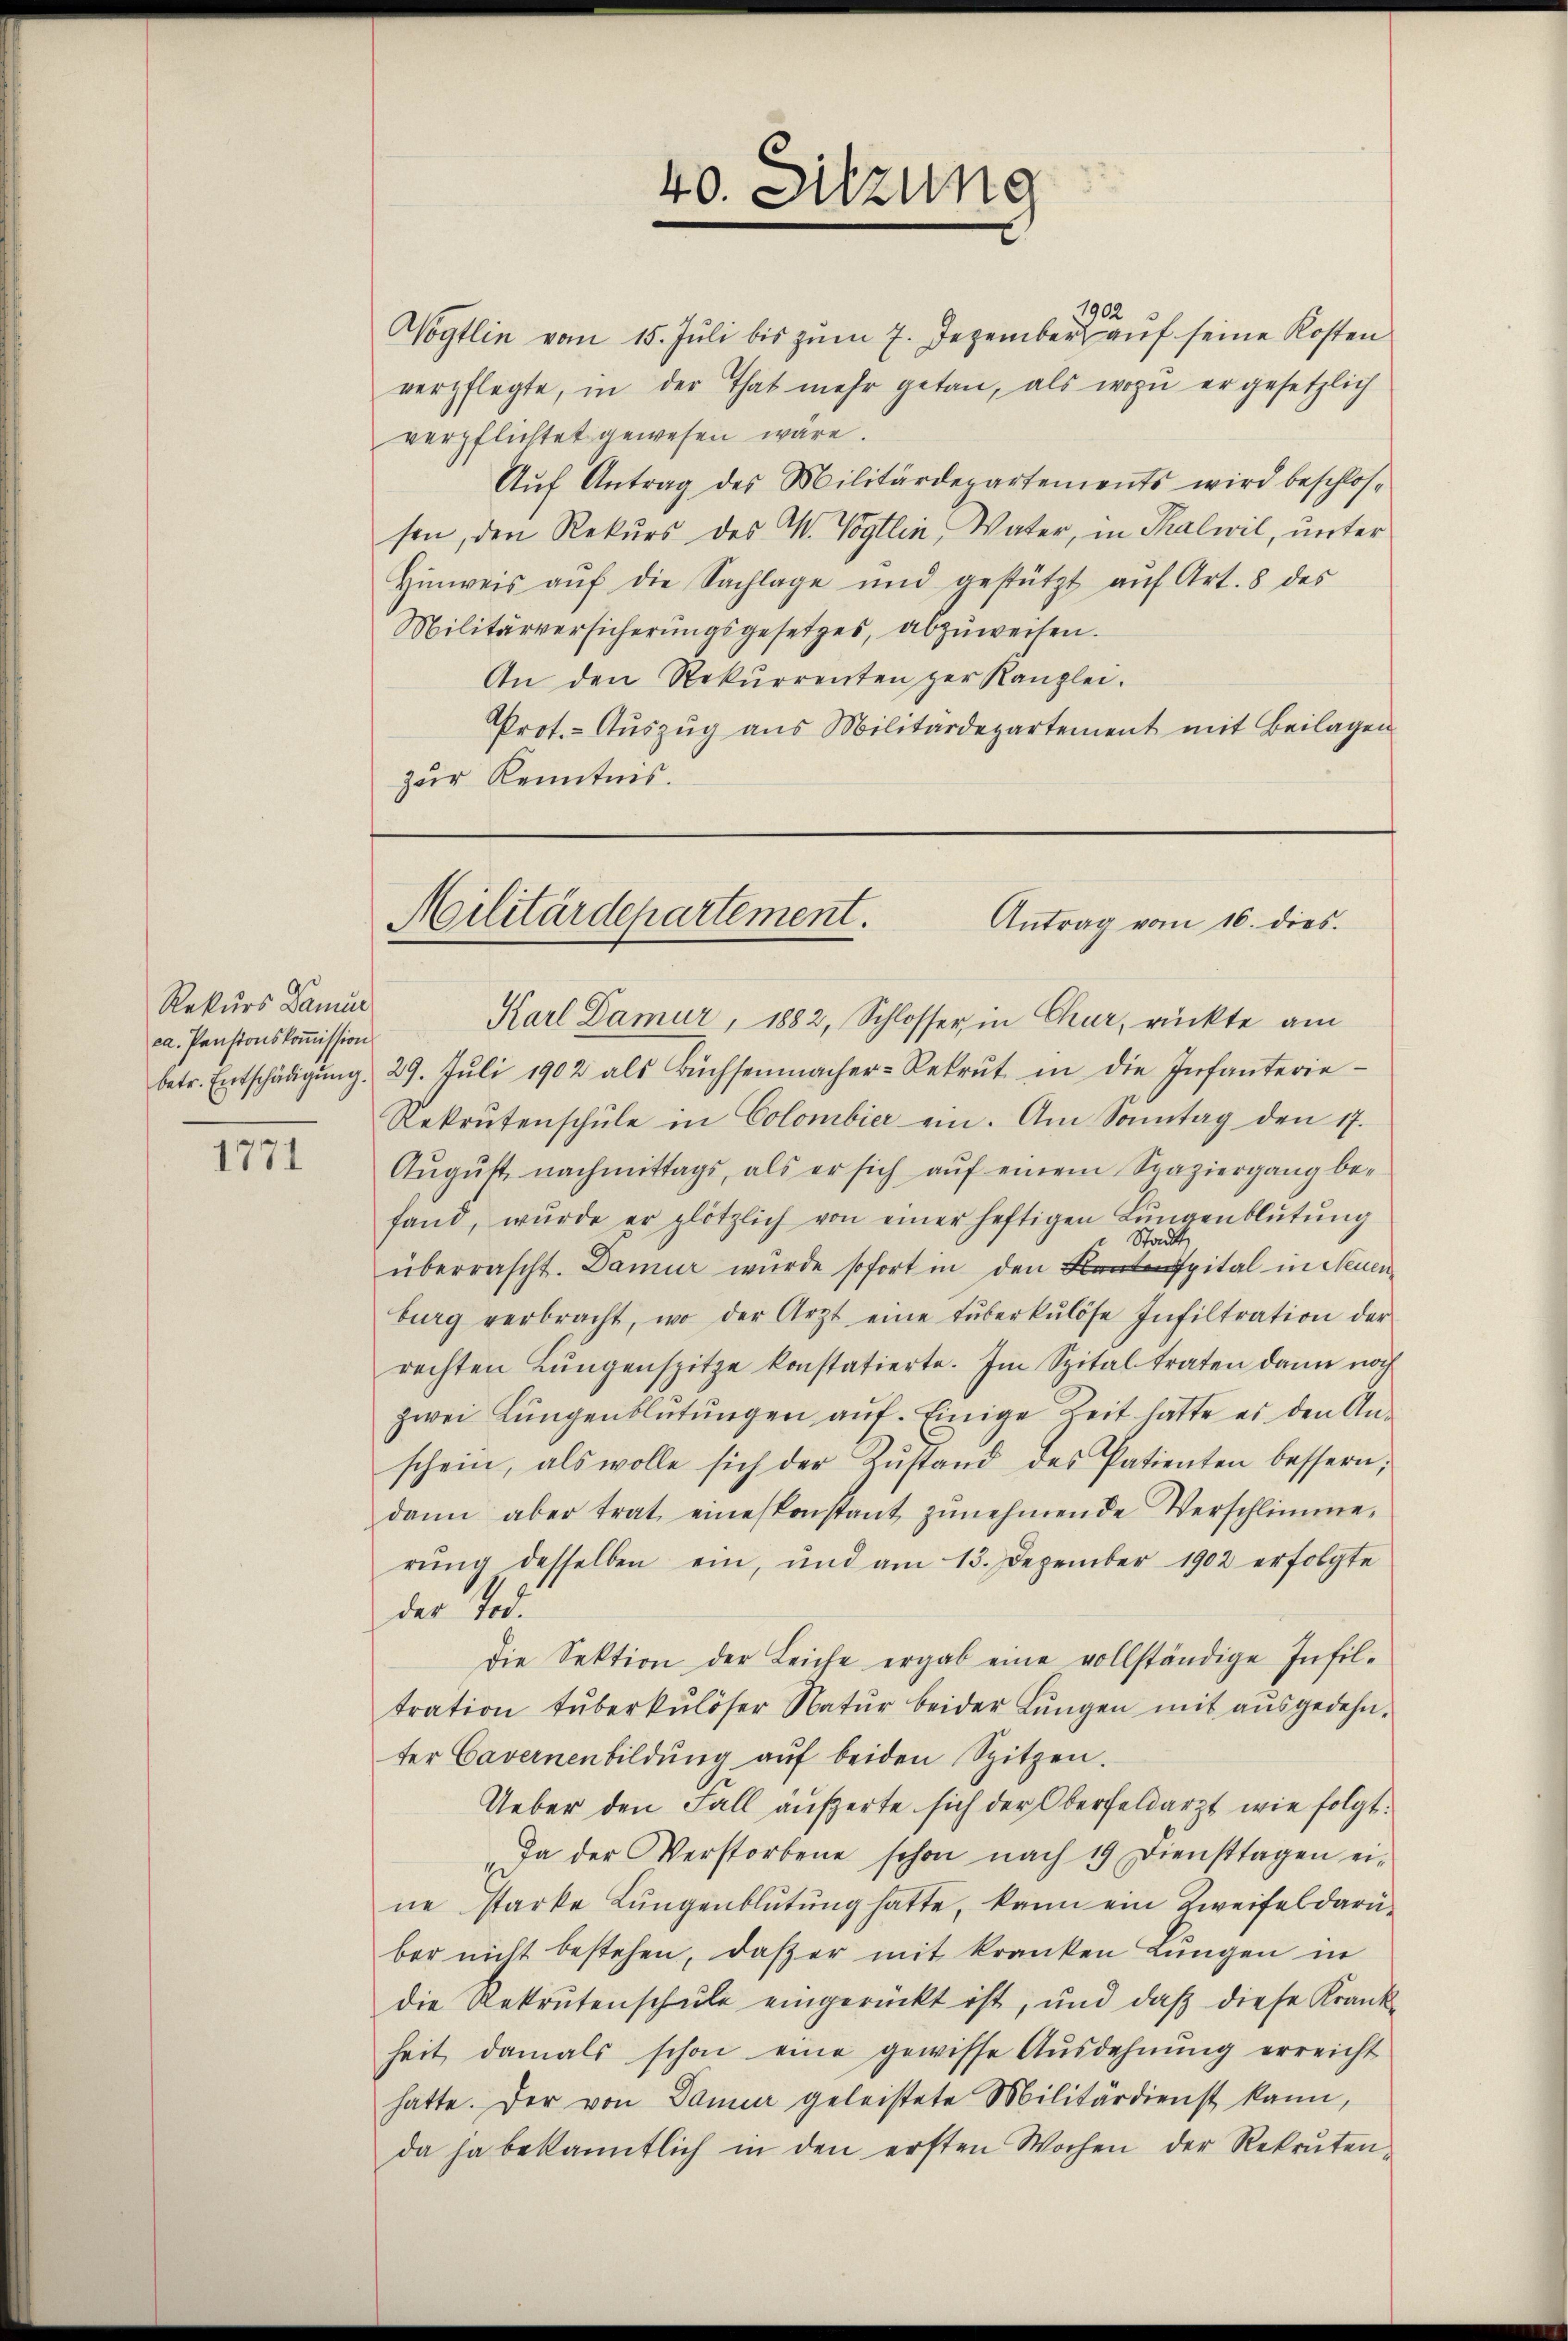
Rekurs Dami
ca. Pensionskomission

1771

1902
Wogtlin vom 15. Juli bis zum 7. Dezember auf seine Kosten
verpflegte, in der That mehr getan, als wozu er gesetzlich
verpflichtet gewesen wäre.
Aŭf Antrag des Militärdepartements wird beschlos-
sen, den Rekurs des M. Vogtlin, Vater, in Thalwil, unter
Hinweis aŭf die Sachlage und gestützt aŭf Art. 8 des
Militärversicherungsgesetzes, abzuweisen.
An den Rekurrenten zur Kanzlei.
Prot.- Auszug aus Militärdepartement mit Beilagen
zur Kenntnis.

40. Sitzung

Militärdepartement.
Antrag vom 16. dies.

Karl Damur, 1882, Schlosser in Chur, rückte am
betr. Entschädigŭng. 29. Jŭli 1902 als Büchsenmacher-Rekrut in die Infanterie-
Rekrutenschŭle in Colombier ein. Am Sonntag den 17.
Aŭgŭst nachmittags, als er sich aŭf einem Spaziergang be-
fand, wurde er plötzlich von einer heftigen Lŭngenblütŭng
Stadt
überrascht. Damur würde sofort in den spital in Neuen
burg verbracht, wo der Arzt eine tŭberkulöse Infiltration der
rechten Lungenspitze konstatierte. Im Spital traten dann noch
zwei Lungenblütungen auf. Einige Zeit hatte es den Anschein, als wolle sich der Zŭstand des Patienten bessern;
dann aber trat eineskonstant zŭnehmende Verschlimme,
rung desselben ein, und am 13. Dezember 1902 erfolgte
der Tod.
die Sektion der Leiche ergab eine vollständige Infil-
tration tŭberkulöser Natŭr beider Lŭngen mit aŭsgedehn-
ter Cavernenbildŭng aŭf beiden Spitzen.
Ueber den Fall äußerte sich der Oberfeldarzt wie folgt.
Da der Verstorbene schon nach 19 Diensttagen ei-
ne starke Lungenblütŭng hatte, kann ein Zweifel darüber nicht bestehen, daß er mit kranken Lungen in
die Rekrutenschŭle eingerückt ist, und daβ diese Krank-
heit damals schon eine gewisse Ausdehnŭng erreicht
hatte. Der von Danier geleistete Militärdienst kann,
da ja bekanntlich in den ersten Wochen der Rekruten-